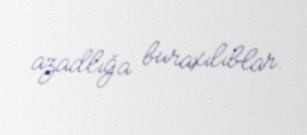
azadlığa buraxılıblar.